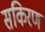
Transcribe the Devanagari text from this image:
सकिरण